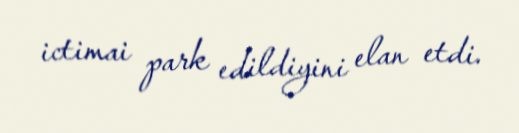
ictimai park edildiyini elan etdi.